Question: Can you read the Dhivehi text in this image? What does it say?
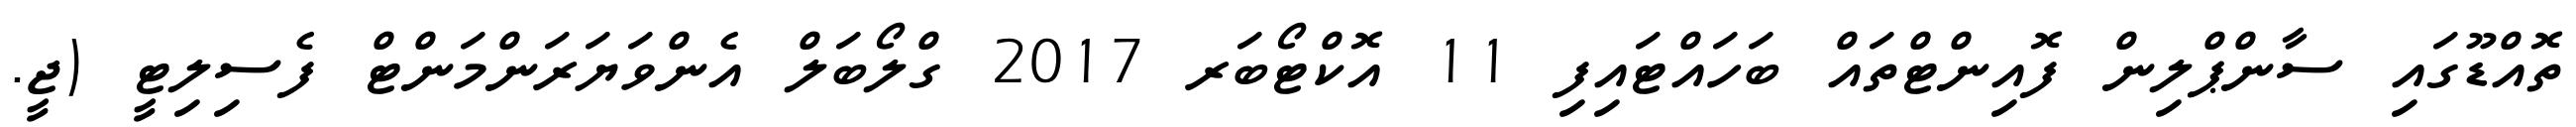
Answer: ތޮއްޑޫގައި ސާންޕްލިން ފޮއިންޓްތައް ބަހައްޓައިފި 11 އޮކްޓޯބަރ 2017 ގްލޯބަލް އެންވަޔަރަންމަންޓް ފެސިލިޓީ (ޖީ.